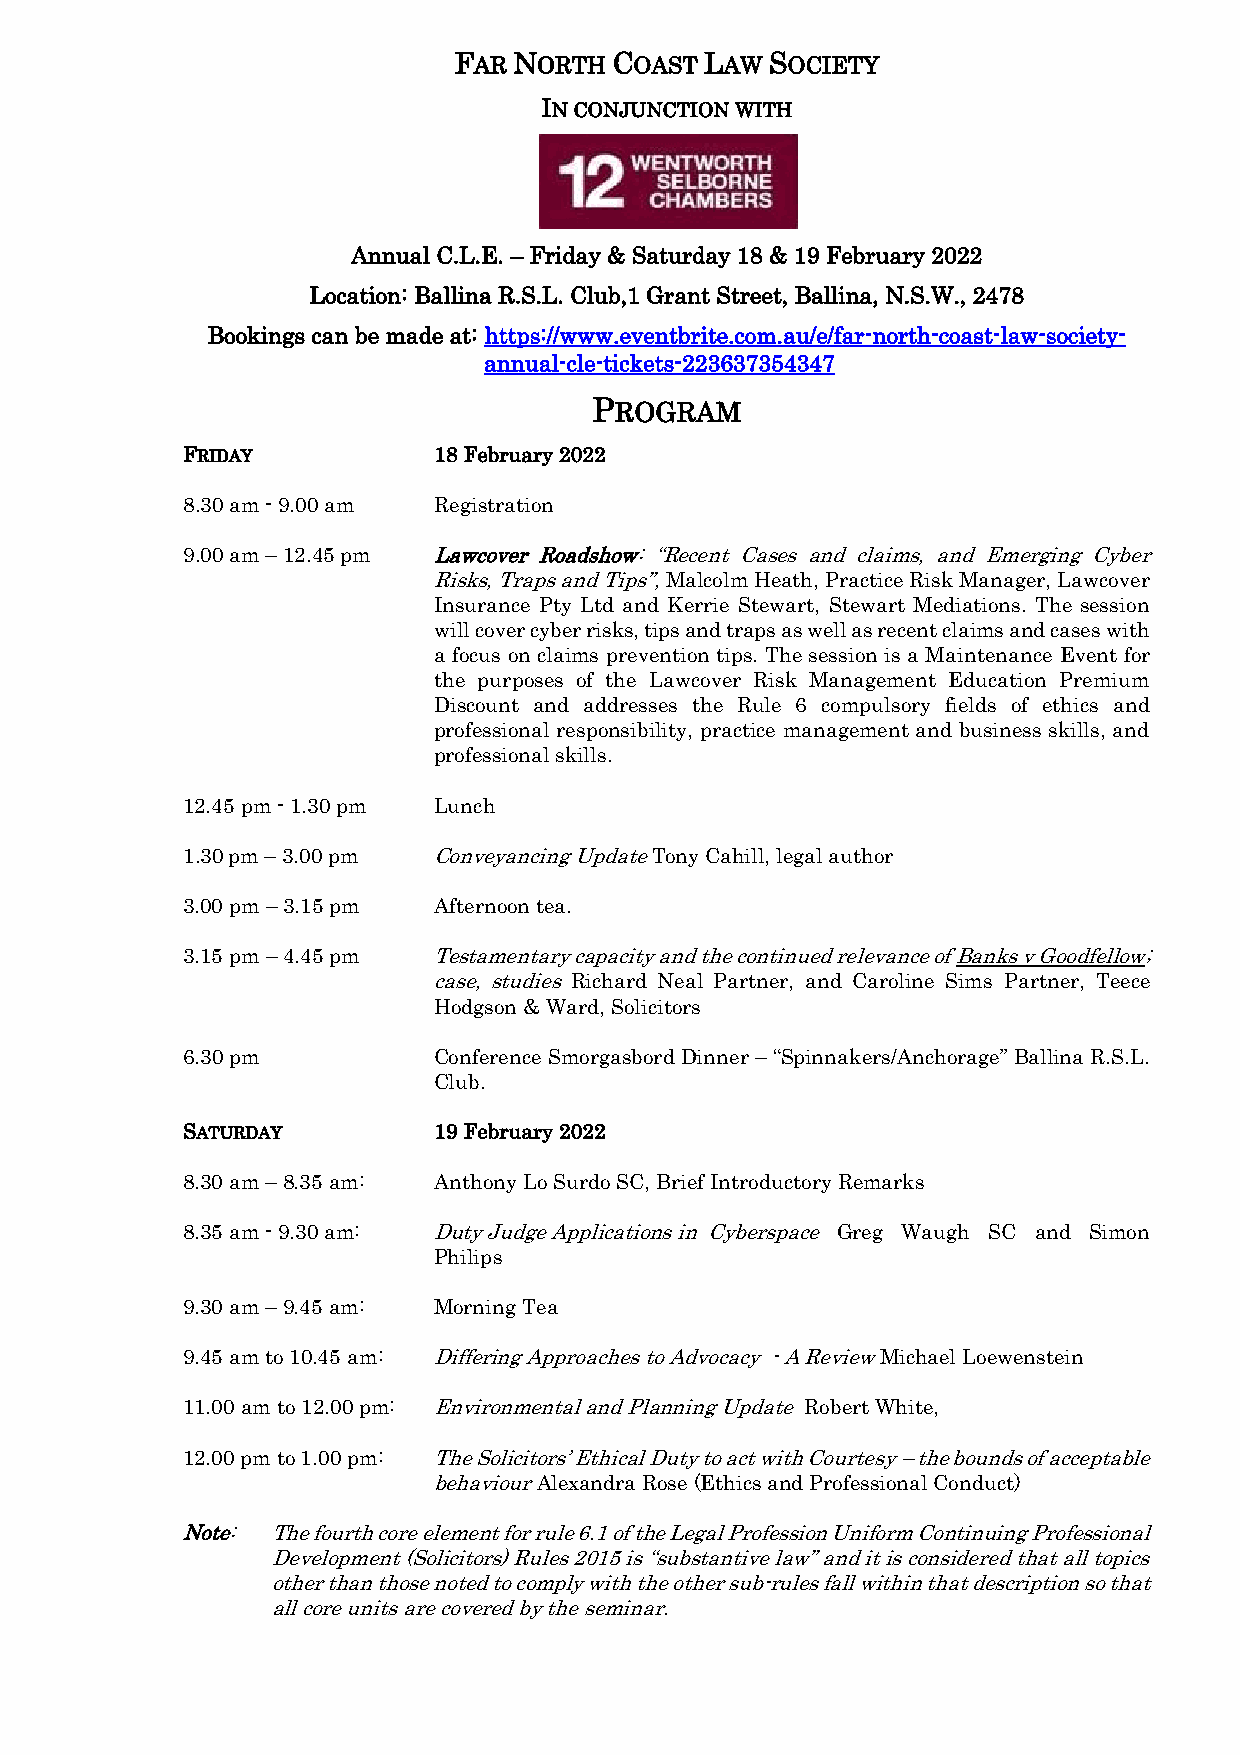
FAR NORTH  COAST LAW SOCIETY
 IN CONJUNCTION WITH
 Annual C.L.E. – Friday & Saturday 18 & 19 February 2022
 Location: Ballina R.S.L. Club,1 Grant Street, Ballina, N.S.W., 2478
 Bookings can be made at: https://www.eventbrite.com.au/e/far-north-coast-law-society-
 annual-cle-tickets-223637354347
 PROGRAM
 FRIDAY           18 February 2022
 8.30 am - 9.00 am Registration
 9.00 am – 12.45 pm Lawcover Roadshow: “Recent Cases and claims, and Emerging Cyber
 Risks, Traps and Tips”, Malcolm Heath, Practice Risk Manager, Lawcover
 Insurance Pty Ltd and Kerrie Stewart, Stewart Mediations. The session
 will cover cyber risks, tips and traps as well as recent claims and cases with
 a focus on claims prevention tips. The session is a Maintenance Event for
 the purposes of the Lawcover Risk Management Education Premium
 Discount and addresses the Rule 6 compulsory fields of ethics and
 professional responsibility, practice management and business skills, and
 professional skills.
 12.45 pm - 1.30 pm Lunch
 1.30 pm – 3.00 pm Conveyancing Update Tony Cahill, legal author
 3.00 pm – 3.15 pm Afternoon tea.
 3.15 pm – 4.45 pm Testamentary capacity and the continued relevance of Banks v Goodfellow;
 case, studies Richard Neal Partner, and Caroline Sims Partner, Teece
 Hodgson & Ward, Solicitors
 6.30 pm          Conference Smorgasbord Dinner – “Spinnakers/Anchorage” Ballina R.S.L.
 Club.
 SATURDAY         19 February 2022
 8.30 am – 8.35 am: Anthony Lo Surdo SC, Brief Introductory Remarks
 8.35 am - 9.30 am: Duty Judge Applications in Cyberspace Greg Waugh SC and Simon
 Philips
 9.30 am – 9.45 am: Morning Tea
 9.45 am to 10.45 am: Differing Approaches to Advocacy - A Review Michael Loewenstein
 11.00 am to 12.00 pm: Environmental and Planning Update Robert White,
 12.00 pm to 1.00 pm: The Solicitors’ Ethical Duty to act with Courtesy – the bounds of acceptable
 behaviour Alexandra Rose (Ethics and Professional Conduct)
 Note: The fourth core element for rule 6.1 of the Legal Profession Uniform Continuing Professional
 Development (Solicitors) Rules 2015 is “substantive law” and it is considered that all topics
 other than those noted to comply with the other sub-rules fall within that description so that
 all core units are covered by the seminar.